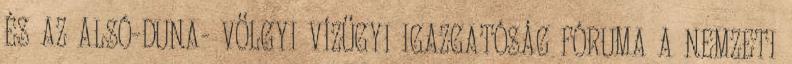
ÉS AZ ALSÓ-DUNA- VÖLGYI VÍZÜGYI IGAZGATÓSÁG FÓRUMA A NEMZETI